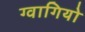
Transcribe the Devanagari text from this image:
ग्वागियो